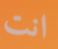
انت